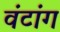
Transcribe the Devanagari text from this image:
वंटांग